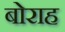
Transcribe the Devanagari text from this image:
बोराह